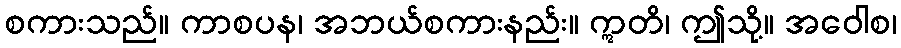
စကားသည်။ ကာစပန၊ အဘယ်စကားနည်း။ ဣတိ၊ ဤသို့။ အဝေါစ၊